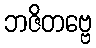
ဘဇိတဗ္ဗေ